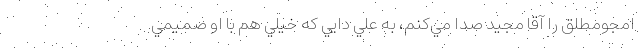
امجومطلق را آقا مجيد صدا مي‌كنم، به علي دايي كه خيلي هم با او صميمي